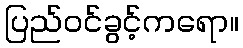
ပြည်ဝင်ခွင့်ကရော။